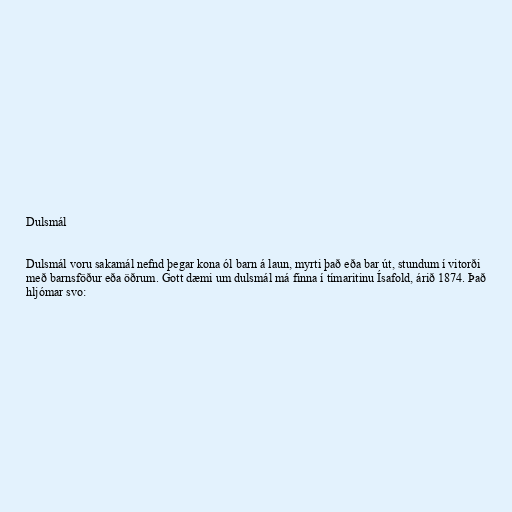
Dulsmál

Dulsmál voru sakamál nefnd þegar kona ól barn á laun, myrti það eða bar út, stundum í vitorði
með barnsföður eða öðrum. Gott dæmi um dulsmál má finna í tímaritinu Ísafold, árið 1874. Það
hljómar svo: